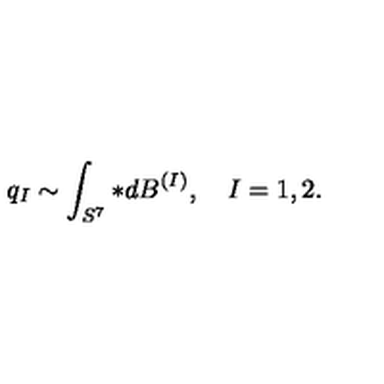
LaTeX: q _ { I } \sim \int _ { S ^ { 7 } } * d B ^ { ( I ) } , \quad I = 1 , 2 .